Indian journal of veterinary science and animal husbandry - Volume 2,
Year: 1932
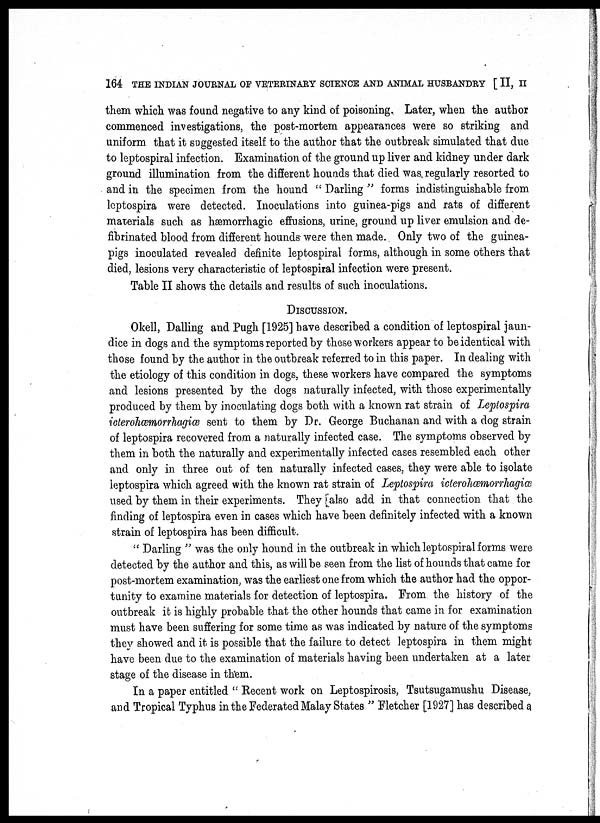
164 THE INDIAN JOURNAL OF VETERINARY SCIENCE AND ANIMAL HUSBANDRY [ II, II
them which was found negative to any kind of poisoning. Later, when the author
commenced investigations, the post-mortem appearances were so striking and
uniform that it suggested itself to the author that the outbreak simulated that due
to leptospiral infection. Examination of the ground up liver and kidney under dark
ground illumination from the different hounds that died was regularly resorted to
and in the specimen from the hound " Darling " forms indistinguishable from
lcptospira were detected. Inoculations into guinea-pigs and rats of different
materials such as hæmorrhagic effusions, urine, ground up liver emulsion and de¬
fibrinated blood from different hounds were then made. Only two of the guinea-
pigs inoculated revealed definite leptospiral forms, although in some others that
died, lesions very characteristic of leptospiral infection were present.
Table II shows the details and results of such inoculations.
DISCUSSION.
Okell, Dalling and Pugh [1925] have described a condition of leptospiral jaun-
dice in dogs and the symptoms reported by these workers appear to be identical with
those found by the author in the outbreak referred to in this paper. In dealing with
the etiology of this condition in dogs, these workers have compared the symptoms
and lesions presented by the dogs naturally infected, with those experimentally
produced by them by inoculating dogs both with a known rat strain of Leptospira
icterohæmorrhagiæ sent to them by Dr. George Buchanan and with a dog strain
of leptospira recovered from a naturally infected case. The symptoms observed by
them in both the naturally and experimentally infected cases resembled each other
and only in three out of ten naturally infected cases, they were able to isolate
leptospira which agreed with the known rat strain of Leptospira iclerohæmorrhagiæ
used by them in their experiments. They also add in that connection that the
finding of leptospira even in cases which have been definitely infected with a known
strain of leptospira has been difficult.
" Darling " was the only hound in the outbreak in which leptospiral forms were
detected by the author and this, as will be seen from the list of hounds that came for
post-mortem examination, was the earliest one from which the author had the oppor-
tunity to examine materials for detection of leptospira. From the history of the
outbreak it is highly probable that the other hounds that came in for examination
must have been suffering for some time as was indicated by nature of the symptoms
they showed and it is possible that the failure to detect leptospira in them might
have been due to the examination of materials having been undertaken at a later
stage of the disease in them.
In a paper entitled '' Recent work on Leptospirosis, Tsutsugamushu Disease,
and Tropical Typhus in the Federated Malay States " Fletcher [1927] has described a